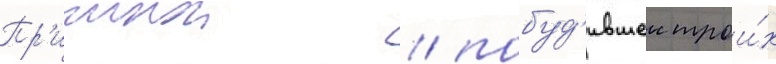
Пр'ичинои / побуд'ившеи трои́х